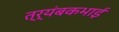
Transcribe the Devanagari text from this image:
त्र्यंबकभाई